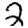
Digit: 2